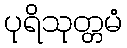
ပုရိသုတ္တမံ